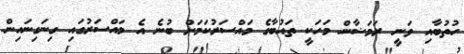
ހުތުބާއި ވަނީ ރަމަޟާން މަހަކީ ތައުބާގެ މައްސަރުކަމަށް ބުނެ އެ މައްސަރުގައި ގިނަގިނައިން